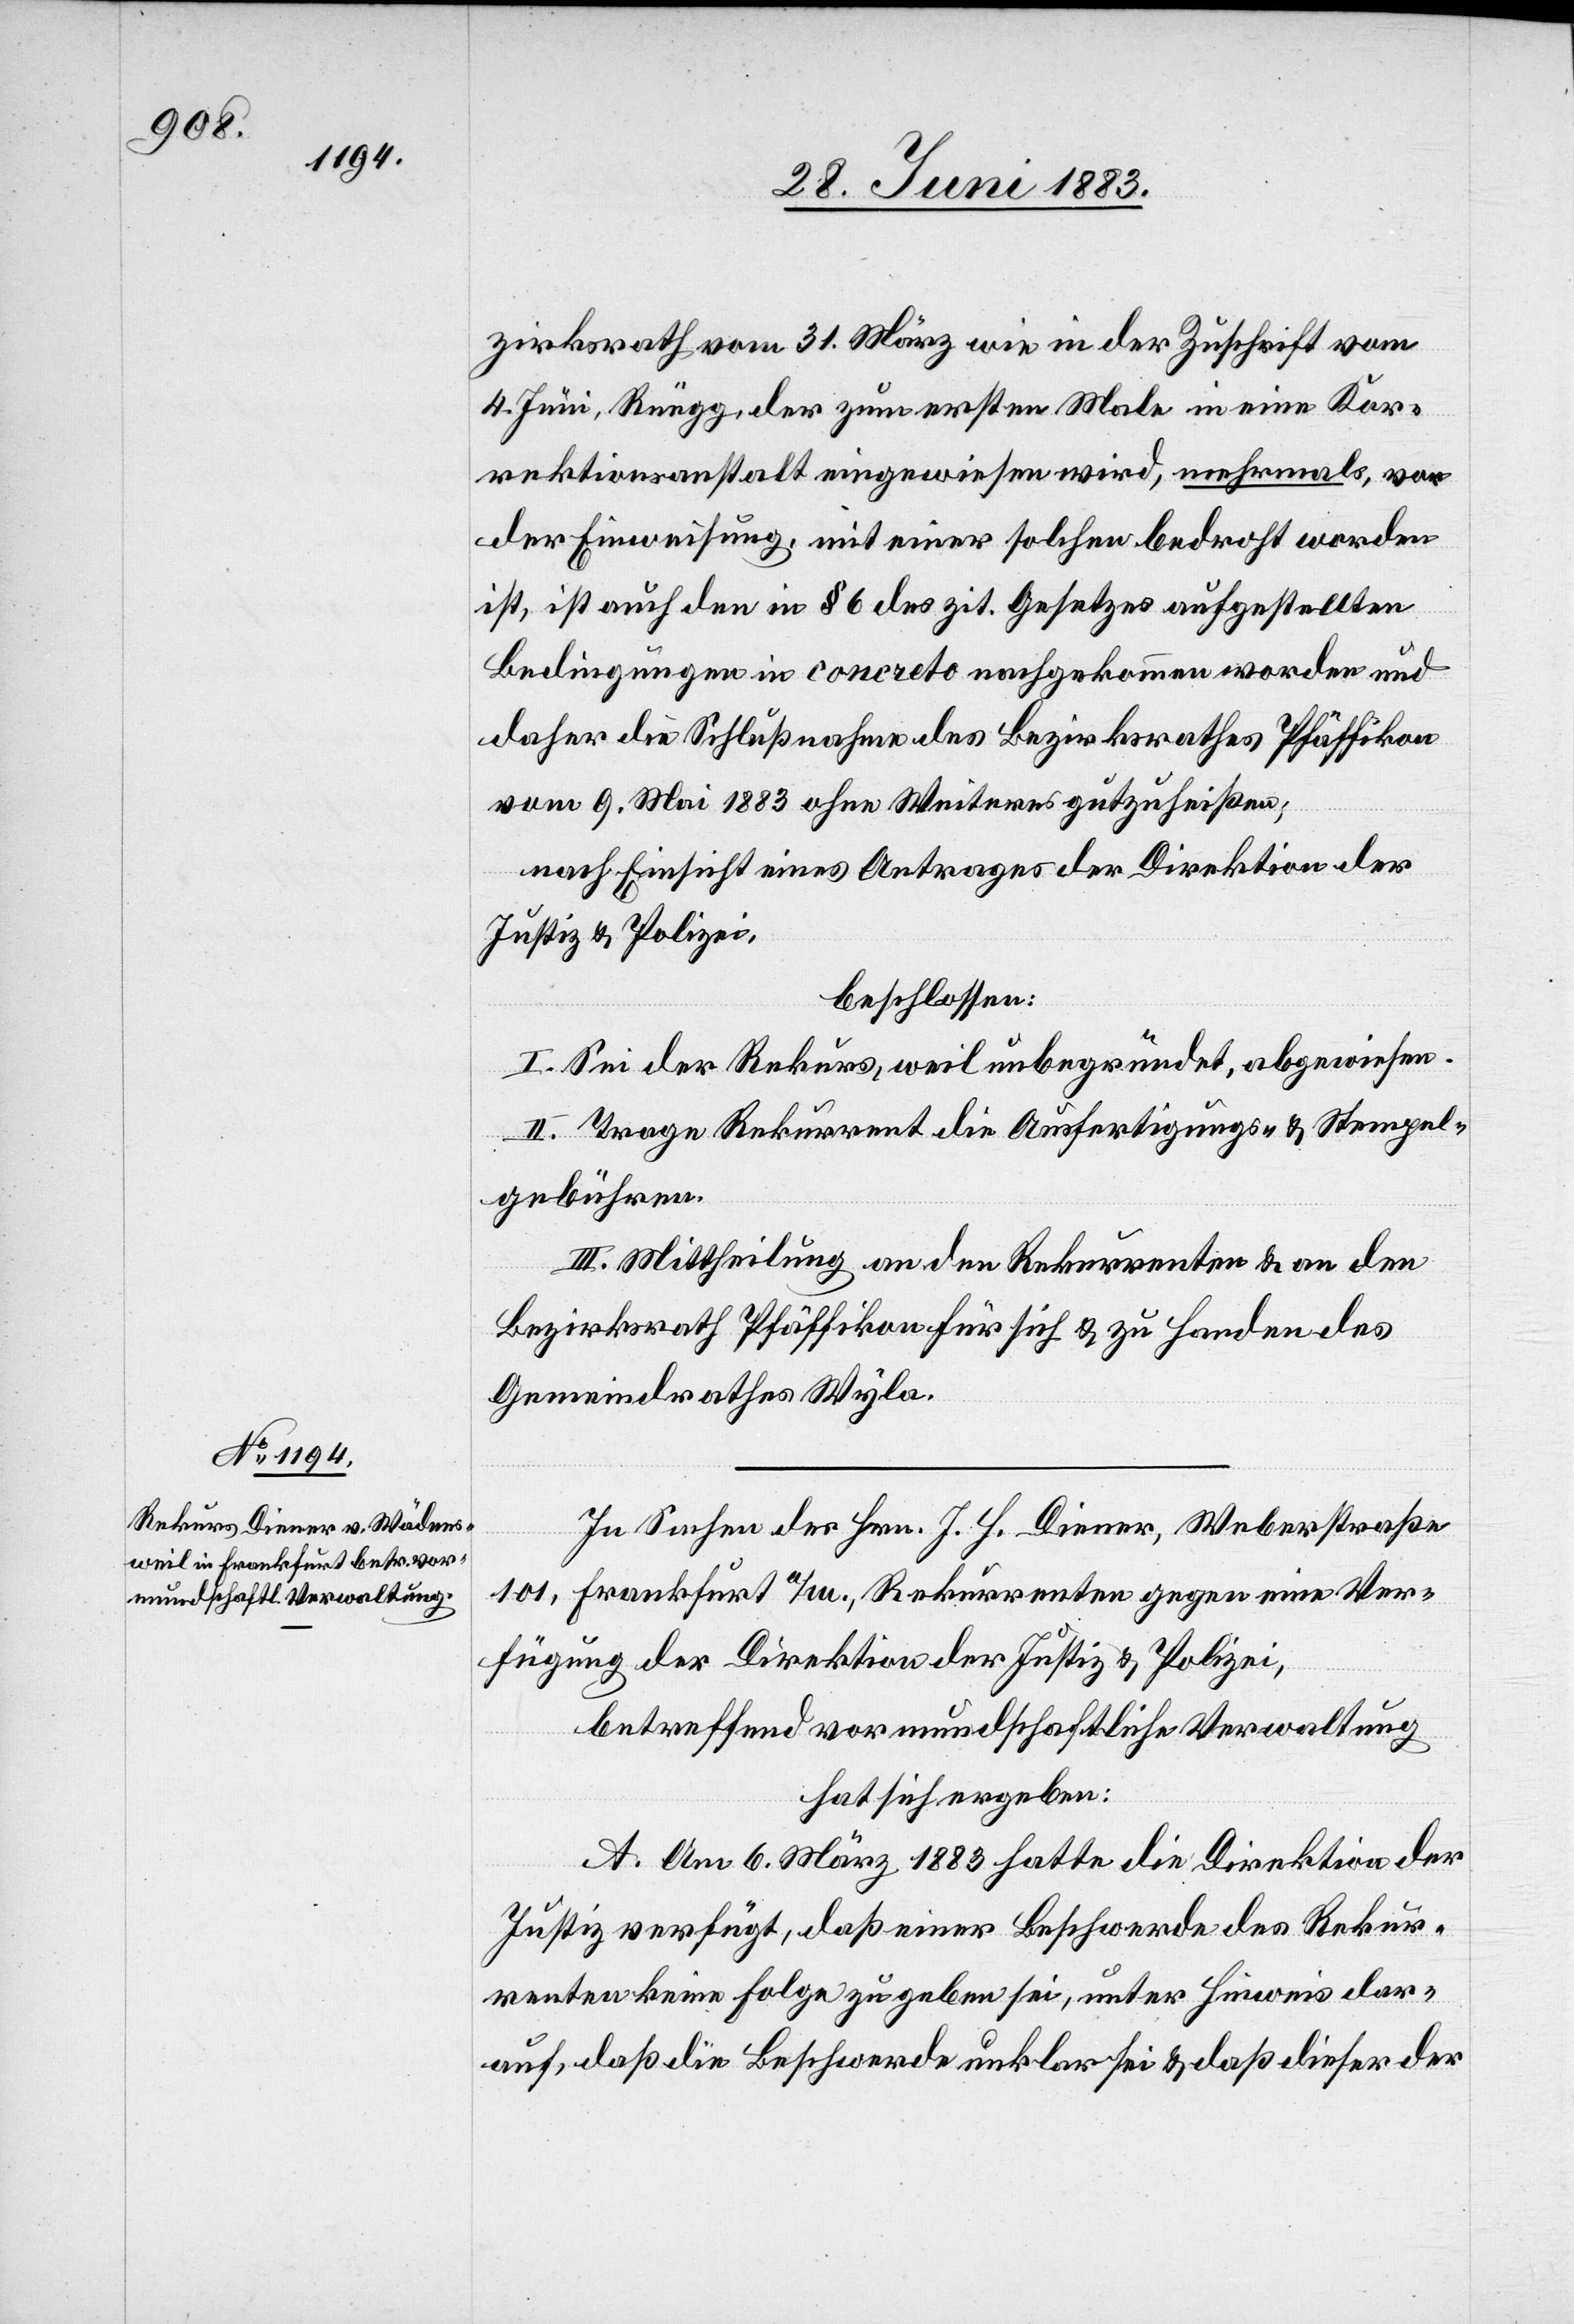
zirksrath vom 31. März wie in der Zuschrift vom
4. Juni, Rüegg, der zum ersten Male in eine Kor¬
rektionsanstalt eingewiesen wird, mehrmals, von
der Einweisung, mit einer solchen bedroht worden
ist, ist auch den in § 6 des zit. Gesetzes aufgestellten
Bedingungen in concreto nachgekommen worden und
daher die Schlußnahme des Bezirksrathes Pfäffikon
vom 9. Mai 1883 ohne Weiteres gutzuheißen;
nach Einsicht eines Antrages der Direktion der
Justiz & Polizei,
beschlossen:
I. Sei der Rekurs, weil unbegründet, abgewiesen.
II. Trage Rekurrent die Ausfertigungs- und Stempel¬
gebühren.
III. Mittheilung an den Rekurrenten & an den
Bezirksrath Pfäffikon für sich & zu Handen des
Gemeindrathes Wyla.
In Sachen der Hrn. J. H. Diener, Weberstraße
101, Frankfurt a/M., Rekurrenten gegen eine Ver¬
fügung der Direktion der Justiz & Polizei,
betreffend vormundschaftliche Verwaltung
hat sich ergeben:
A. Am 6. März 1883 hatte die Direktion der
Justiz verfügt, daß einer Beschwerde des Rekur¬
renten keine Folge zu geben sei, unter Hinweis dar¬
auf, daß die Beschwerde unklar sei & daß dieser der